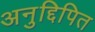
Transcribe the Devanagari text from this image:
अनुद्दिपित